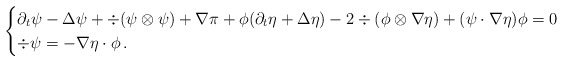
\begin{align*} \begin{cases} \partial_t \psi - \Delta \psi + \div (\psi \otimes \psi) + \nabla \pi + \phi( \partial_t \eta + \Delta \eta) - 2 \div(\phi \otimes \nabla \eta) + (\psi \cdot \nabla \eta) \phi =0 \\ \div \psi = - \nabla \eta \cdot \phi \, . \end{cases}\end{align*}